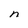
Character: n